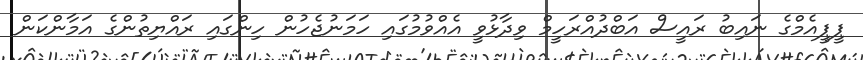
ޕީޕީއެމްގެ ނައިބު ރައީސް އަބްދުއްރަހީމް ވިދާޅުވީ އެއްވުމުގައި ހަމަނުޖެހުން ހިންގައި ރައްޔިތުންގެ އަމާންކަން